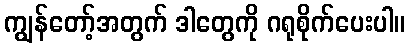
ကျွန်တော့်အတွက် ဒါတွေကို ဂရုစိုက်ပေးပါ။